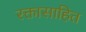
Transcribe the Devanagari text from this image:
रक्तासाहित